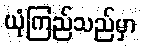
ယုံကြည်သည်မှာ